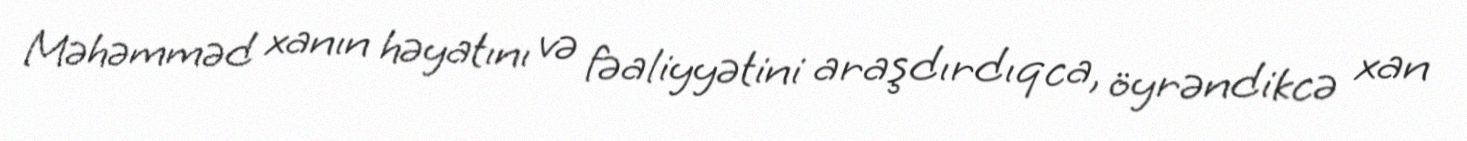
Məhəmməd xanın həyatını və fəaliyyətini araşdırdıqca, öyrəndikcə xan